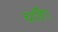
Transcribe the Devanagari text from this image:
चाहिेए